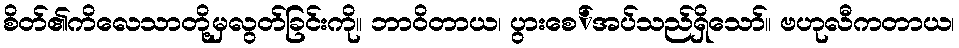
စိတ်၏ကိလေသာတို့မှလွတ်ခြင်းကို။ ဘာဝိတာယ၊ ပွားစေ်အပ်သည်ရှိသော်။ ဗဟုလီကတာယ၊